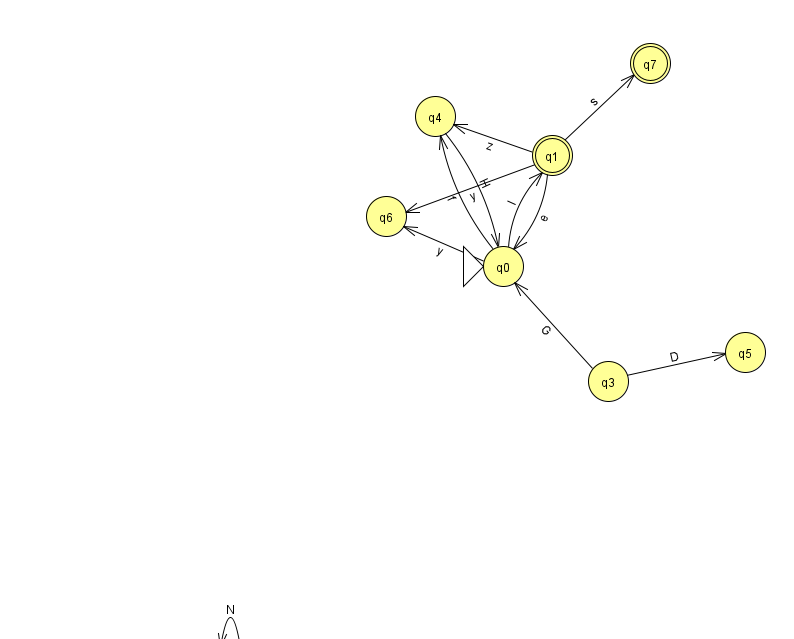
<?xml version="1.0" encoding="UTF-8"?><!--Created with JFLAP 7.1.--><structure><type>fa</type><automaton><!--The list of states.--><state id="0" name="q0"><x>503.0</x><y>253.0</y><initial/></state><state id="1" name="q1"><x>552.0</x><y>142.0</y><final/></state><state id="2" name="q2"><x>230.0</x><y>651.0</y></state><state id="3" name="q3"><x>608.0</x><y>368.0</y></state><state id="4" name="q4"><x>435.0</x><y>103.0</y></state><state id="5" name="q5"><x>745.0</x><y>339.0</y></state><state id="6" name="q6"><x>386.0</x><y>203.0</y></state><state id="7" name="q7"><x>650.0</x><y>50.0</y><final/></state><!--The list of transitions.--><transition><from>0</from><to>6</to><read>y</read></transition><transition><from>4</from><to>0</to><read>H</read></transition><transition><from>0</from><to>1</to><read>l</read></transition><transition><from>0</from><to>4</to><read>f</read></transition><transition><from>1</from><to>4</to><read>z</read></transition><transition><from>1</from><to>7</to><read>s</read></transition><transition><from>3</from><to>5</to><read>D</read></transition><transition><from>1</from><to>6</to><read>y</read></transition><transition><from>2</from><to>2</to><read>N</read></transition><transition><from>1</from><to>0</to><read>e</read></transition><transition><from>3</from><to>0</to><read>G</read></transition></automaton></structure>